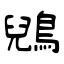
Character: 鶂